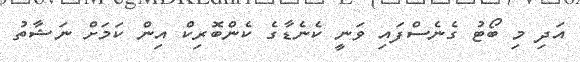
އަދި މި ބޯޓު ގެނެސްފައި ވަނީ ކެނެޑާގެ ކެންބޮރިކް އިން ކަމަށް ނަޝާތު